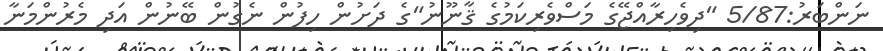
ނަންބަރު:5/87 "ދިވެހިރާއްޖޭގެ މަސްވެރިކަމުގެ ޤާނޫނު"ގެ ދަށުން ހިފުން ނެގުން ބޭނުން އަދި މެރުންމަނާ